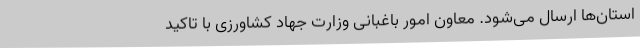
استان‌ها ارسال می‌شود. معاون امور باغبانی وزارت جهاد کشاورزی با تاکید